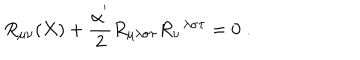
R _ { \mu \nu } ( X ) + \frac { \alpha ^ { ' } } { 2 } R _ { \mu \lambda \sigma \tau } R _ { \nu } ^ { \; \; \lambda \sigma \tau } = 0 \; .